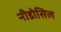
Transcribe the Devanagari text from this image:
नीडोसिल